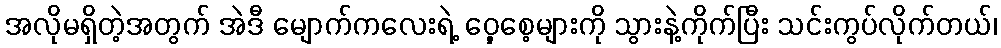
အလိုမရှိတဲ့အတွက် အဲဒီ မျောက်ကလေးရဲ့ ဝှေ့စေ့များကို သွားနဲ့ကိုက်ပြီး သင်းကွပ်လိုက်တယ်၊